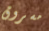
مسروق